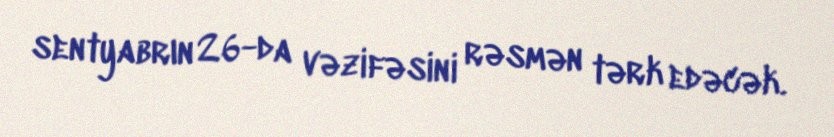
sentyabrın 26-da vəzifəsini rəsmən tərk edəcək.